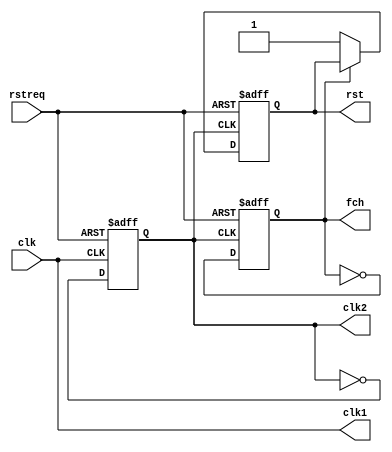
module clkgen(clk,rstreq,clk1,clk2,fch,rst);

input clk,rstreq;
output clk1,clk2,fch,rst;

wire c1;
reg c2,c3;
reg rst;

	assign c1   = clk && clk;
	assign clk1 = c1;	

	always @(negedge c1 or negedge rstreq) begin

		if (!rstreq) begin
			c2 <= 0;			
		end else begin
			c2 <= ~c2;
		end
	end


	always @(posedge c2 or negedge rstreq) begin
		if(!rstreq) begin
			c3 <= 0;
		end else begin
			c3 <= ~c3;
		end
	end			


	always @(negedge c2 or negedge rstreq) begin
		if(!rstreq) begin
			rst <= 0;
		end else begin
		    if (c3 == 0) begin
			rst <= 1;
		    end
		end
	end 


assign clk2  = c2;
assign fch = c3;


endmodule